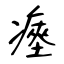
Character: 瘞